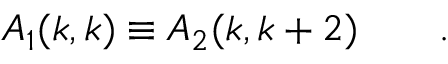
A _ { 1 } ( k , k ) \equiv A _ { 2 } ( k , k + 2 ) \qquad .